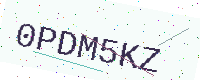
Text: 0PDM5KZ